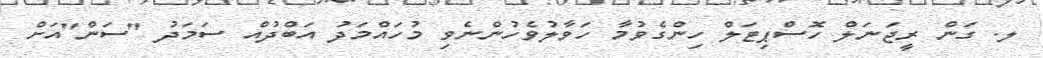
ލ. ގަން ރީޖަނަލް ހޮސްޕިޓަލް ހިންގެވުމާ ހަވާލުވެހުންނެވި މުހައްމަދު އަބްދުއް ސަމަދު "ސަން"އަށް